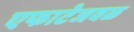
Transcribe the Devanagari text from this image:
एफाटेजवळ